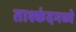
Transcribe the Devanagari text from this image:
ताश्कंदमध्ये